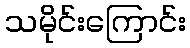
သမိုင်းကြောင်း